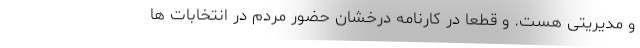
و مدیریتی هست. و قطعاً در کارنامه درخشان حضور مردم در انتخابات ها